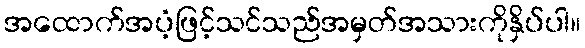
အထောက်အပံ့ဖြင့်သင်သည်အမှတ်အသားကိုနှိပ်ပါ။